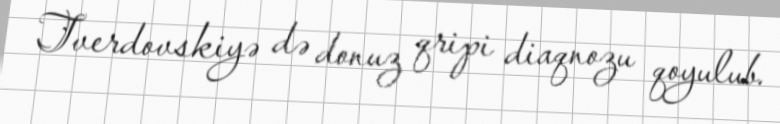
Tverdovskiyə də donuz qripi diaqnozu qoyulub.